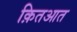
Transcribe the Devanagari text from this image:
क़ितआत